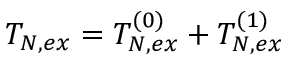
T _ { N , e x } = T _ { N , e x } ^ { ( 0 ) } + T _ { N , e x } ^ { ( 1 ) }